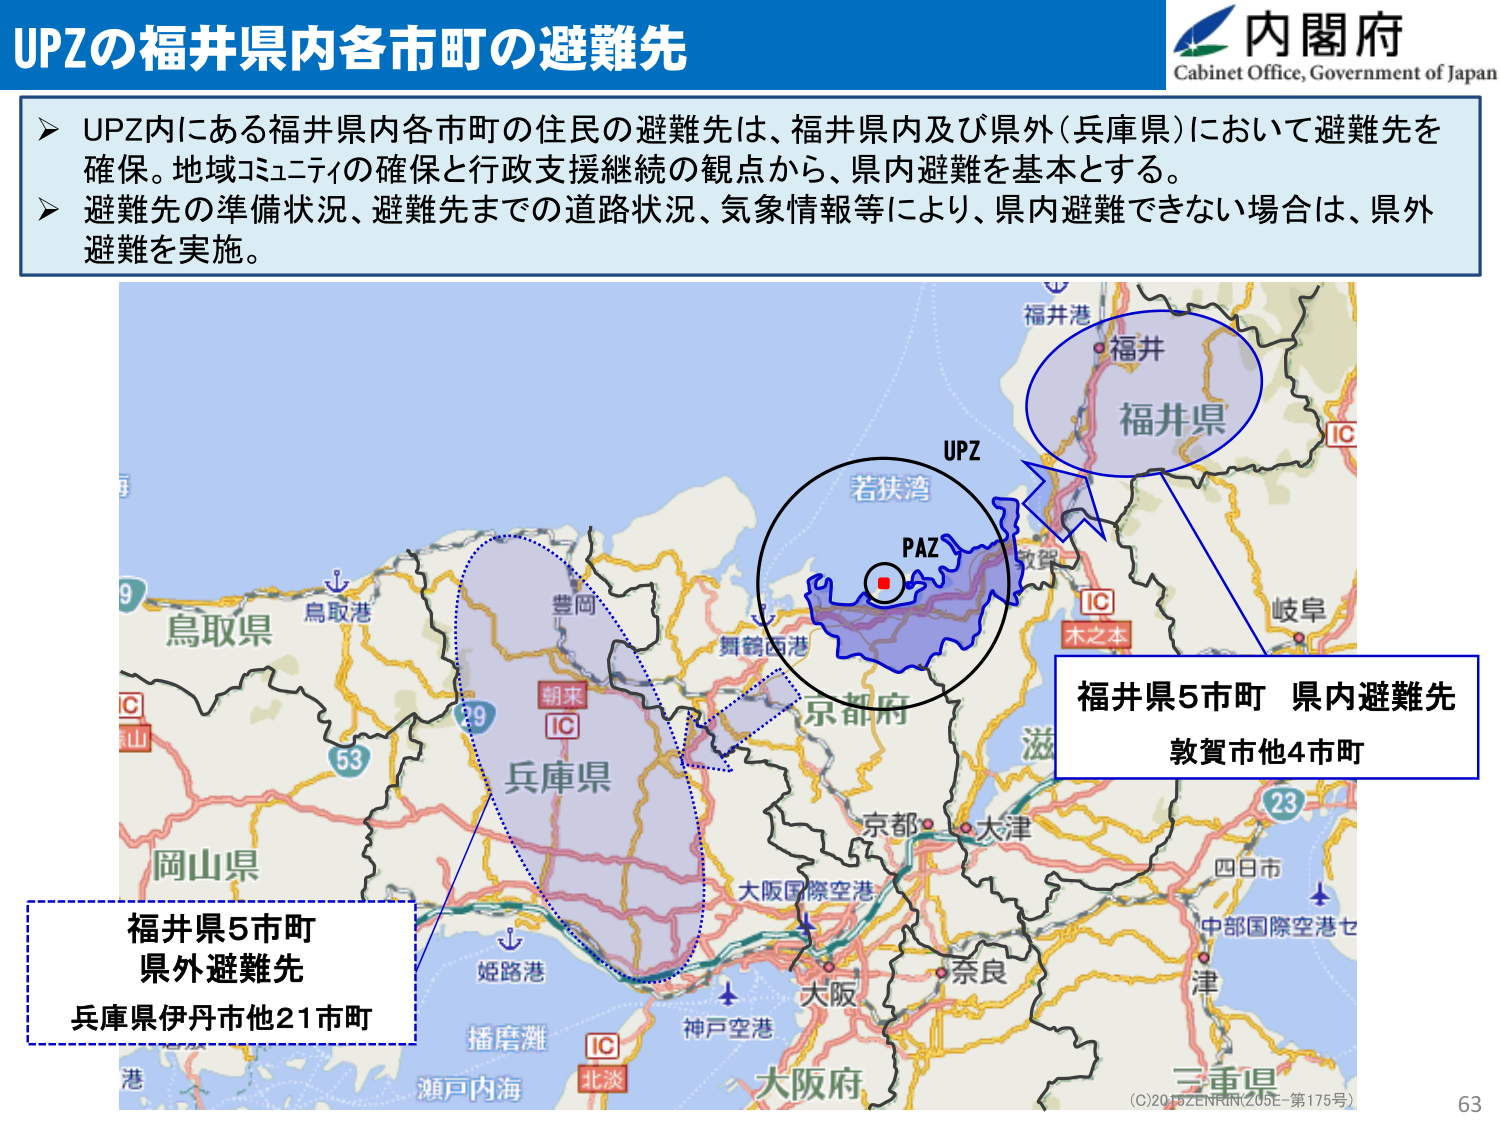
UPZの福井県内各市町の避難先

内閣府
Cabinet Office, Government of Japan

➤ UPZ内にある福井県内各市町の住民の避難先は、福井県内及び県外（兵庫県）において避難先を確保。地域コミュニティの確保と行政支援継続の観点から、県内避難を基本とする。
➤ 避難先の準備状況、避難先までの道路状況、気象情報等により、県内避難できない場合は、県外避難を実施。

福井港
福井
福井県
IC
若狭湾
UPZ
PAZ
舞鶴西港
京都府
IC
木之本
岐阜
滋
京都
大津
大阪国際空港
奈良
四日市
中部国際空港セ
津
三重県
鳥取県
鳥取港
豊岡
朝来
IC
兵庫県
29
53
岡山県
姫路港
播磨灘
IC
北淡
瀬戸内海
神戸空港
大阪府
福井県5市町 県内避難先
敦賀市他4市町
福井県5市町
県外避難先
兵庫県伊丹市他21市町
(C)2018 ZENRIN(205E-第175号)
63